Annual report on the mental hospital in the Central Provinces and Berar (Nagpur) - 1927-1951
Year: 1927
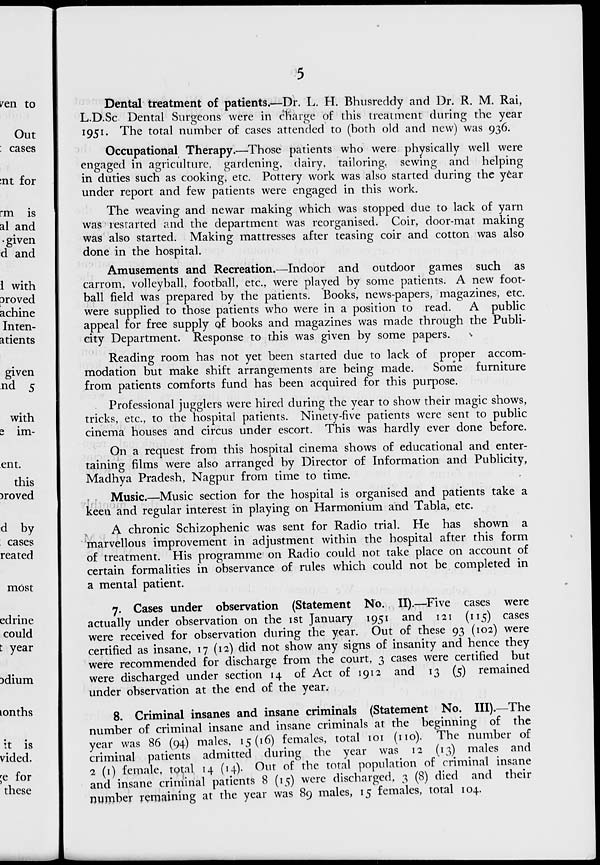
fen to
Out
: cases
;nt for
rm is
al and
• given
d and
1 with
proved
achine
Inten-
atients
given
nd 5
with
s im-
ent.
this
)roved
d by
cases
reated
most
edrine
could
t year
Ddium
lonths
it is
vided.
;e for
these
Dental treatment of patients.—-Dr. L. H. Bhusreddy and Dr. R. M. Rai,
L.D.Sc Dental Surgeons were in charge of this treatment during the year
1951. The total number of cases attended to (both old and new) was 936.
Occupational Therapy.—Those patients who were physically well were
engaged in agriculture, gardening, dairy, tailoring, sewing and helping
in duties such as cooking, etc. Pottery work was also started during the year
under report and few patients were engaged in this work.
The weaving and newar making which was stopped due to lack of yarn
was restarted and the department was reorganised. Coir, door-mat making
was also started. Making mattresses after teasing coir and cotton was also
done in the hospital.
Amusements and Recreation.—Indoor and outdoor games such as
carrom, volleyball, football, etc., were played by some patients. A new foot-
ball field was prepared by the patients. Books, news-papers, magazines, etc.
were supplied to those patients who were in a position to read.
A public
appeal for free supply of books and magazines was made through the Publi-
city Department. Response to this was given by some papers.
^
Reading room has not yet been started due to lack of proper accom-
modation but make shift arrangements are being made.
Some furniture
from patients comforts fund has been acquired for this purpose.
. Professional jugglers were hired during the year to show their magic shows,
tricks, etc., to the hospital patients. Ninety-five patients were sent to public
cinema houses and circus under escort. This was hardly ever done before.
On a request from this hospital cinema shows of educational and enter-
taining films were also arranged by Director of Information and Publicity,
Madhya Pradesh, Nagpur from time to time.
, . Music.—Music section for the hospital is organised and patients take a
keen and regular interest in playing on Harmonium and Tabla, etc.
A chronic Schizophenic was sent for Radio trial. He has shown a
marvellous improvement in adjustment within the hospital after this form
of treatment. His programme on Radio could not take place on account of
certain formalities in observance of rules which could not be completed in
a mental patient.
7. Cases under observation (Statement No. II).—Five cases were
actually under observation on the 1st January 1951 and 121 (115) cases
were received for observation during the year. Out of these 93 (102) were
certified as insane, 17 (12) did not show any signs of insanity and hence they
were recommended for discharge from the court, 3 cases were certified but
were discharged under section 14 of Act of 1912 and 13 (5) remained
under observation at the end of the year.
8. Criminal insanes and insane criminals (Statement No. III).—The
number of criminal insane and insane criminals at the beginning of the
year was 86 (94) males, 15(16) females, total 101 (no). The number of
criminal patients admitted during the year was 12 (13) males and
2 (1) female, total 14 (14). Out of the total population of criminal insane
and insane criminal patients 8 (15) were discharged, 3 (8) died and their
number remaining at the year was 89 males, 15 females, total 104.